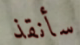
سأنقذ